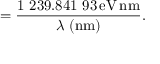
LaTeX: = { \frac { 1 \ 2 3 9 . 8 4 1 \ 9 3 \, { \mathrm { e V } } \, { \mathrm { n m } } } { \lambda \ { \mathrm { ( n m ) } } } } .